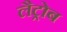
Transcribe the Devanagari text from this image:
लैट्रोब